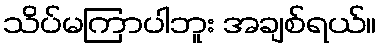
သိပ်မကြာပါဘူး အချစ်ရယ်။